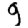
Digit: 9